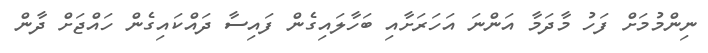
ނިންމުމަށް ފަހު މާދަމާ އަންނަ އަހަރަށާއި ބަހާލައިގެން ފައިސާ ދައްކައިގެން ހައްޖަށް ދާން